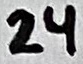
Text: 24